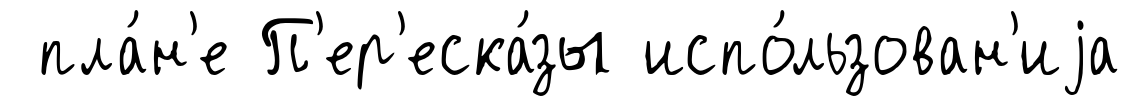
пла́н'е П'ер'еска́зы испо́льзован'иjа